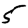
Digit: 5